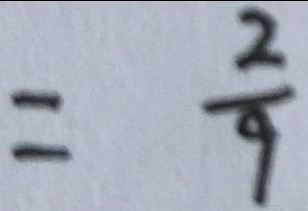
= \frac { 2 } { 9 }